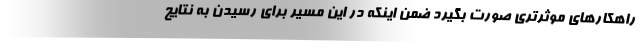
راهکارهای موثرتری صورت بگیرد ضمن اینکه در این مسیر برای رسیدن به نتایج